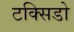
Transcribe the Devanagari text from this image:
टक्सिडो